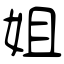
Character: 姐